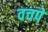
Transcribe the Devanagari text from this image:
वचपे